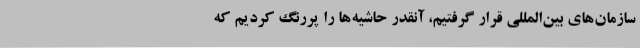
سازمان‌های بین‌المللی قرار گرفتیم، آنقدر حاشیه‌ها را پررنگ کردیم که